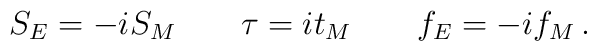
S_E = - i S_M \qquad \tau = i t_M \qquad f_E = -i f_M\,.